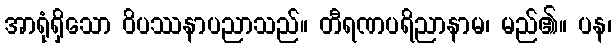
အာရုံရှိသော ဝိပဿနာပညာသည်။ တီရဏပရိညာနာမ၊ မည်၏။ ပန၊